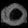
Digit: ၀